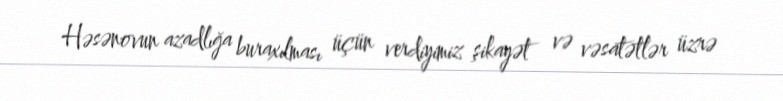
Həsənovun azadlığa buraxılması üçün verdiyimiz şikayət və vəsatətlər üzrə